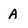
Character: A